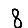
Digit: 8